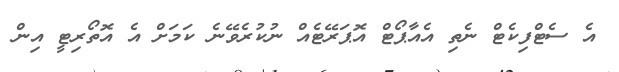
އެ ސެޓްފިކެޓް ނެތި އެއާޕޯޓް އޮޕަރޭޓެއް ނުކުރެވޭނެ ކަމަށް އެ އޮތޯރިޓީ އިން